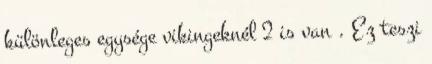
különleges egysége vikingeknél 2 is van . Ez teszi